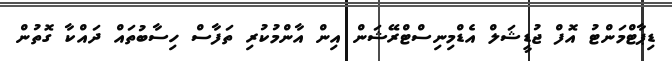
ޑިޕާޓްމަންޓު އޮފް ޖުޑީޝަލް އެޑްމިނިސްޓްރޭޝަން އިން އާންމުކުރި ތަފާސް ހިސާބުތައް ދައްކާ ގޮތުން